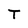
Character: T